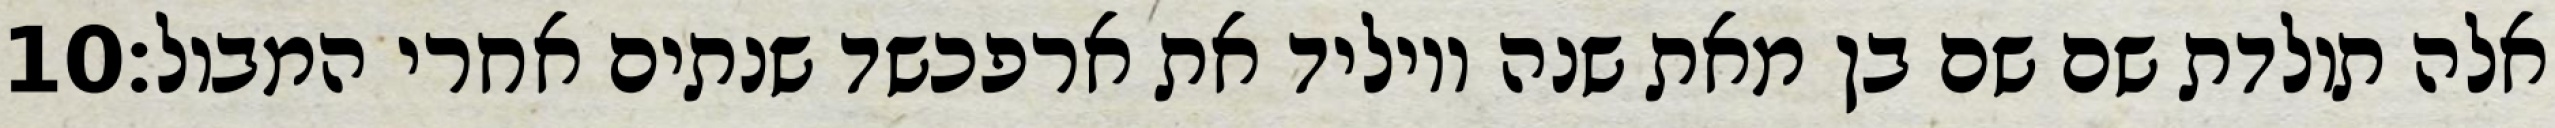
‎10‏ אלה תולדת שם שם בן מאת שנה ויוליד את ארפכשד שנתים אחרי המבול׃